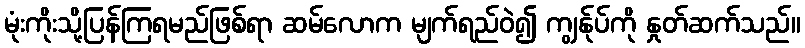
မုံးကိုးသို့ပြန်ကြရမည်ဖြစ်ရာ ဆမ်လောက မျက်ရည်ဝဲ၍ ကျွန်ုပ်ကို နှုတ်ဆက်သည်။